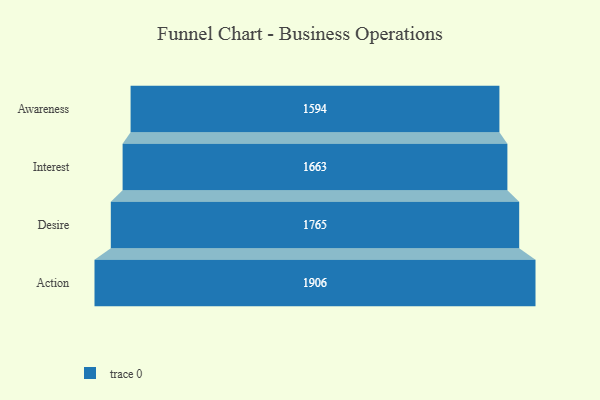
{"axis": {"x": "Stage", "y": "Value"}, "legend": [""], "data": [{"x": "Awareness", "y": 1594.0, "type": ""}, {"x": "Interest", "y": 1663.0, "type": ""}, {"x": "Desire", "y": 1765.0, "type": ""}, {"x": "Action", "y": 1906.0, "type": ""}]}